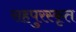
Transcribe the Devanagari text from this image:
सहपुरस्कृत